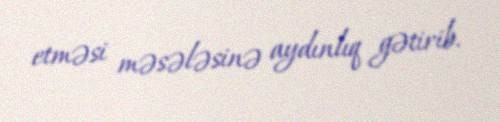
etməsi məsələsinə aydınlıq gətirib.